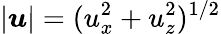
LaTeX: |\boldsymbol{u}|=(u_{x}^{2}+u_{z}^{2})^{1/2}